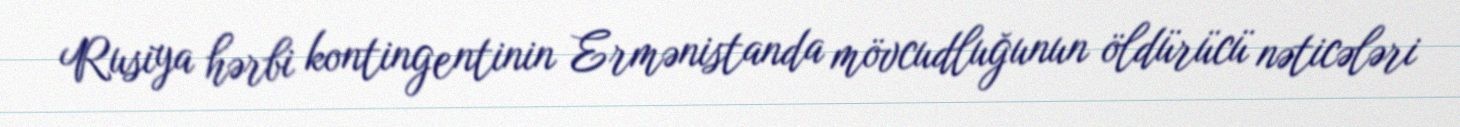
Rusiya hərbi kontingentinin Ermənistanda mövcudluğunun öldürücü nəticələri